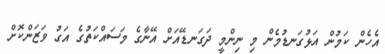
އެހެން ކަމުން އަޅުގަނޑުމެން މި ނިންމީ ދަގަނޑޭއަށް އޭނާގެ މަސައްކަތުގެ އަގު ވަޒަންކޮށް